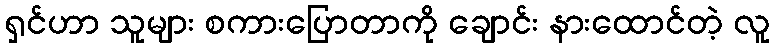
ရှင်ဟာ သူများ စကားပြောတာကို ချောင်း နားထောင်တဲ့ လူ